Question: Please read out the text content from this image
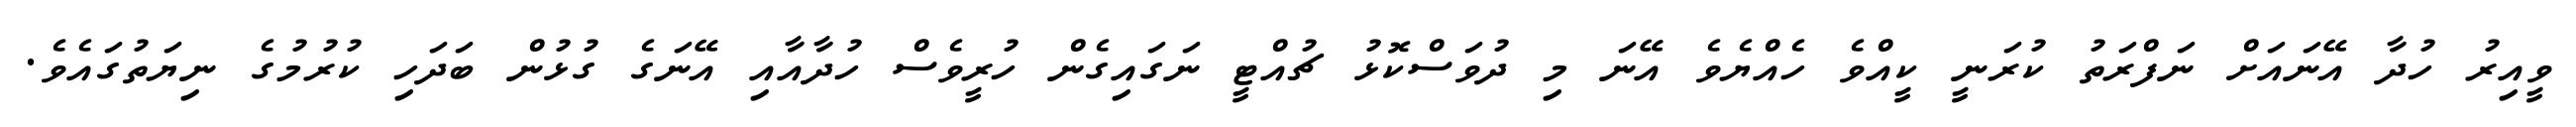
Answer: ވީއިރު ހުދާ އޭނައަށް ނަފްރަތު ކުރަނީ ކީއްވެ ހެއްޔެވެ އޭނަ މި ދުވަސްކޮޅު ޗުއްޓީ ނަގައިގެން ހުރީވެސް ހުދާއާއި އޭނަގެ ގުޅުން ބަދަހި ކުރުމުގެ ނިޔަތުގައެވެ.